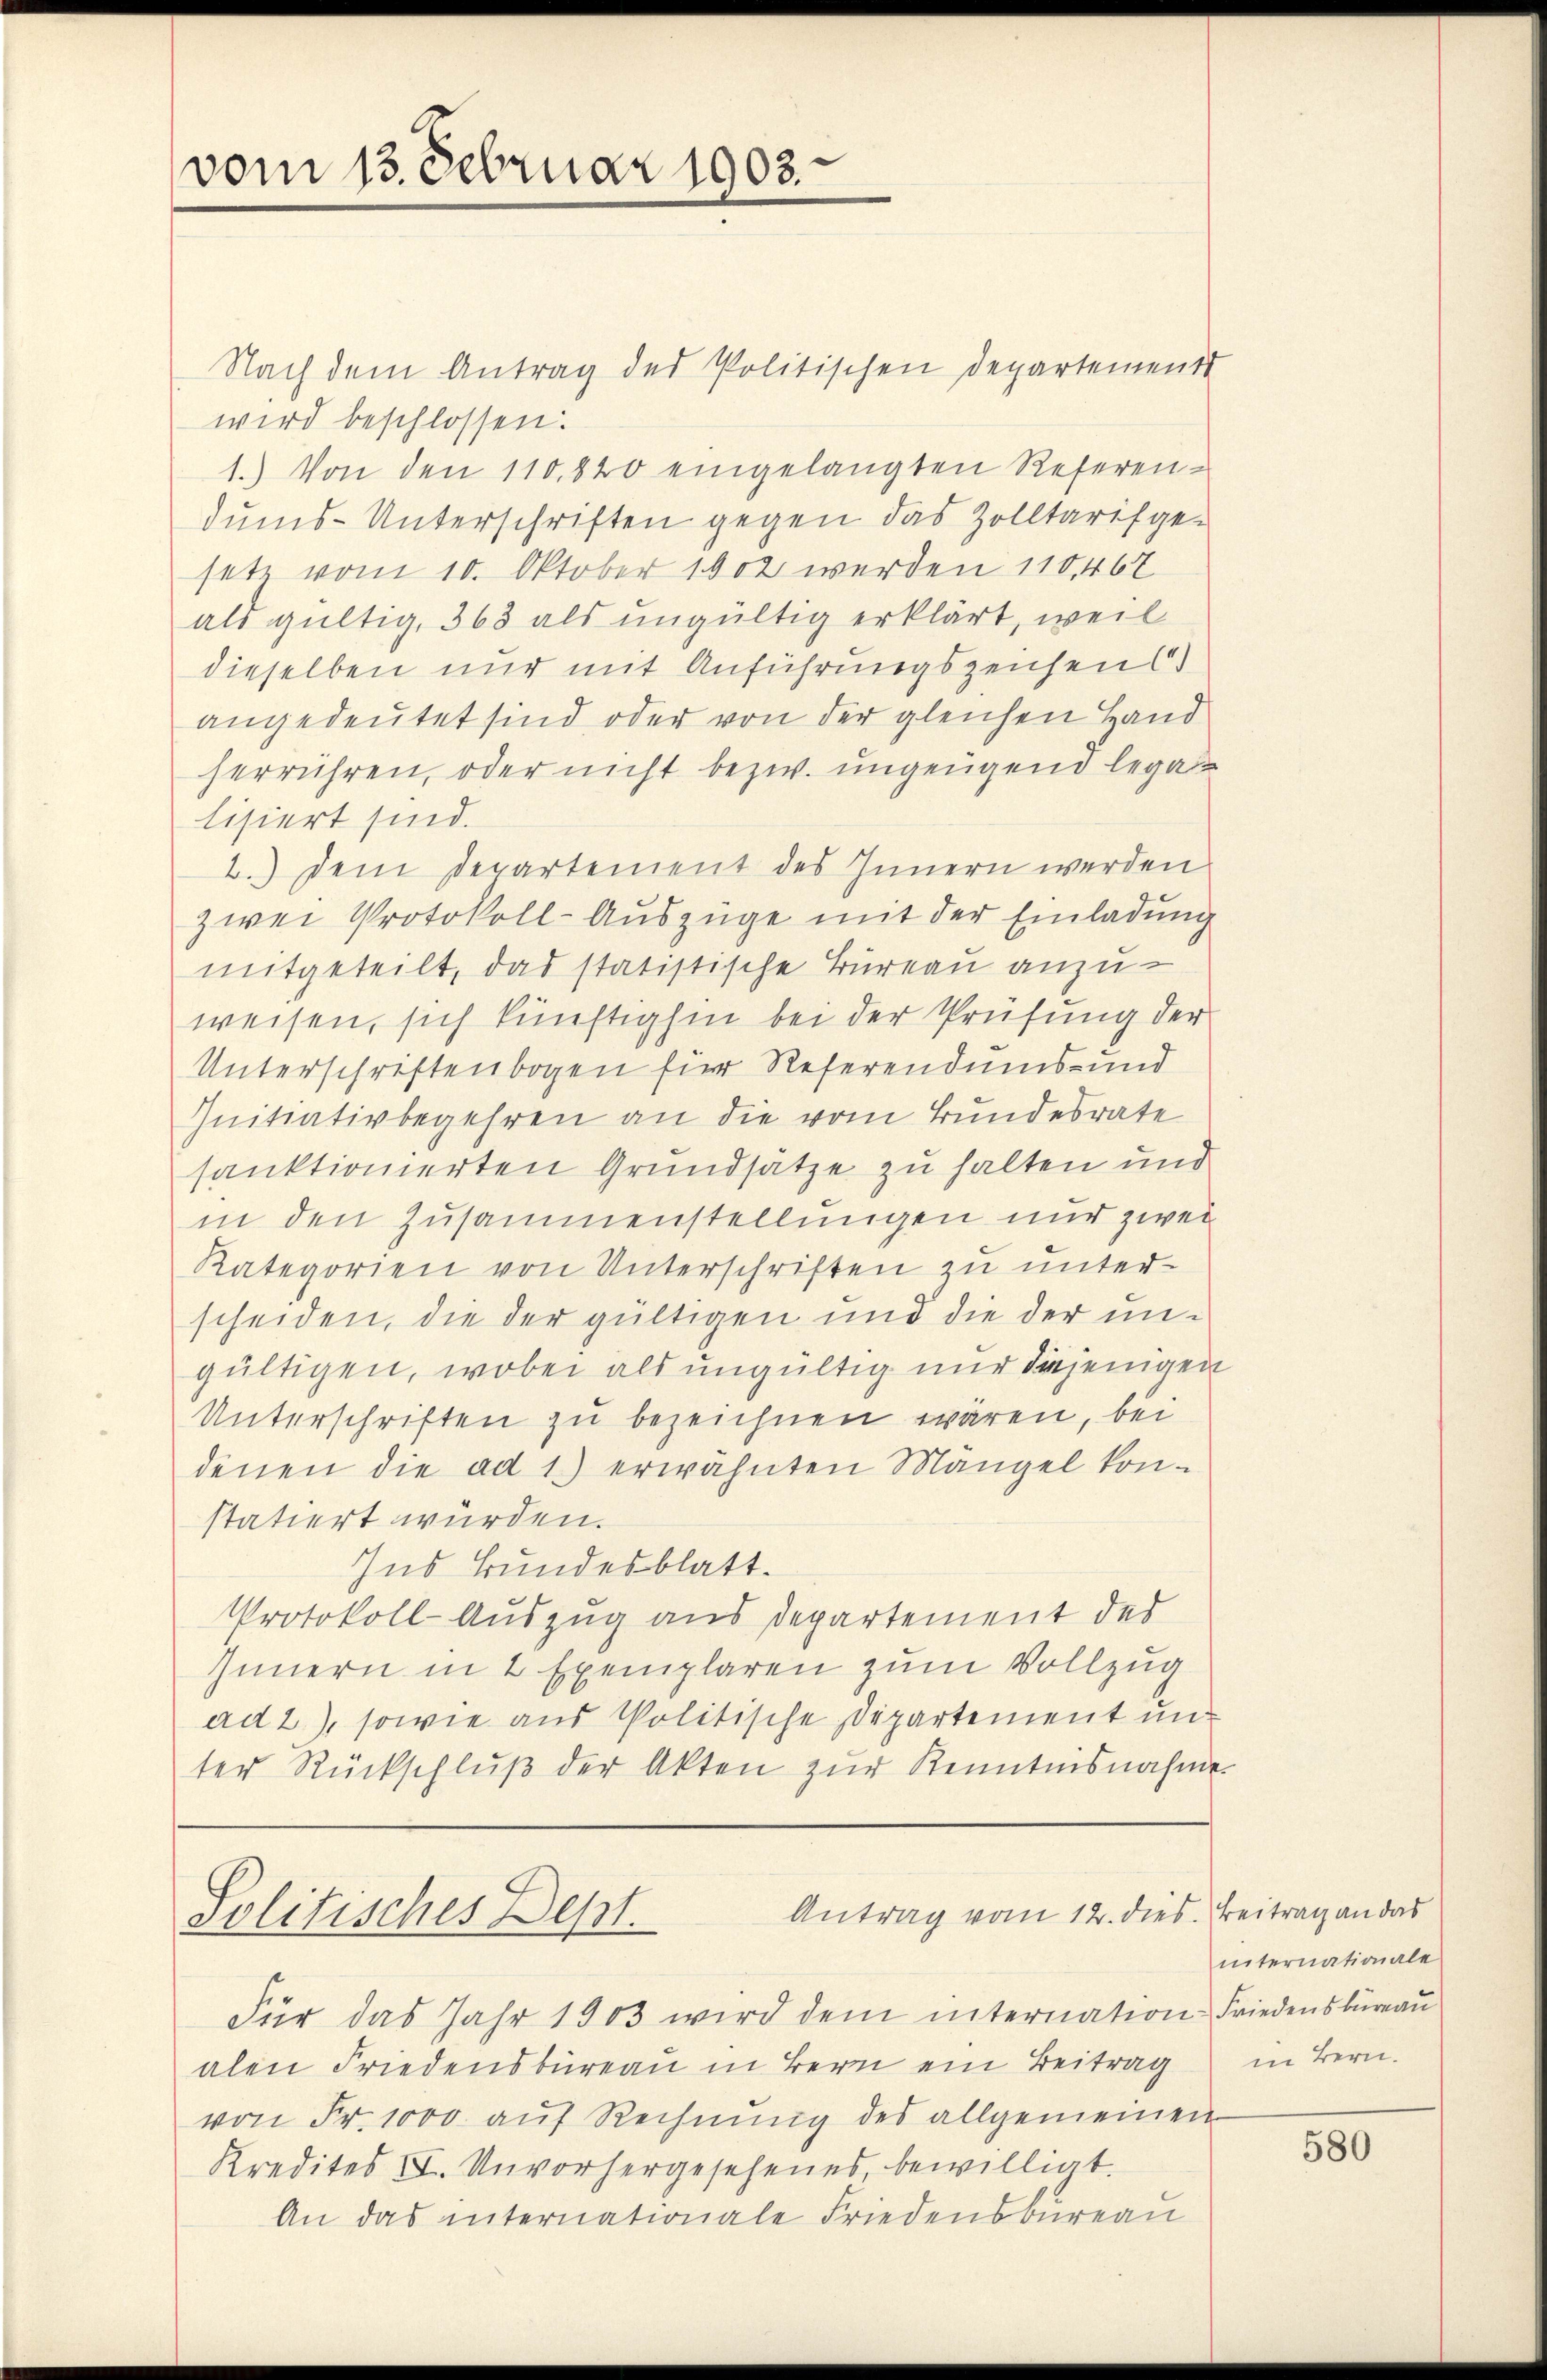
vom 13. Februar 1903.

Nach dem Antrag des Politischen Departements
wird beschlossen:
1.) Von den 110.820 eingelangten Referen-
dums-Unterschriften gegen das Zolltarifgesetz vom 10. Oktober 1902 werden 110,467
als gültig, 363 als ungültig erklärt, weil
dieselben nur mit Anführungszeichen s
angedeutet sind oder von der gleichen Hand
herrühren, oder nicht bezw. ungengend legalisiert sind.
2.) Dem Departement des Innern werden
zwei Protokoll-Auszüge mit der Einladung
mitgeteilt, das statistische Büreau anzuweisen, sich künftighin bei der Prüfung der
Unterschriftenbogen für Referendums- und
Initiativbegehren an die vom Bundesrate
sanktionierten Grundsätze zu halten und
in den Zusammenstellungen nur zwei
Kategorien von Unterschriften zu unterscheiden, die der gültigen und die der ungültigen, wobei als ungültig nur diejenigen
Unterschriften zu bezeichnen wären, bei
denen die ad 1.) erwähnten Mängel kon-
statiert würden.
Ins Bundesblatt.
Protokoll-Auszug aus Departement des
Innern in 2 Exemplaren zum Vollzug
ad 2.), sowie aus Politische Departement und
ter Rückschluß der Akten zur Kenntnisnahme.

Antrag vom 12. dies. Beitrag an das
Politisches Dept.

Für das Jahr 1903 wird dem internation Friedensbureau
alen Friedensbureau in Bern ein Beitrag
von Fr. 1000 auf Rechnung des allgemeinen
Kredites II. Unvorhergesehenes, bewilligt.
An das internationale Friedensbureau

internationale
in Bern.

580